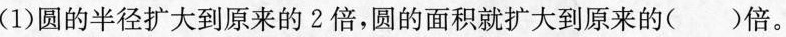
(1)圆的半径扩大到原来的2倍，圆的面积就扩大到原来的( )倍。